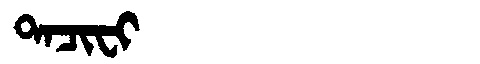
Manchu: ᡨᠠᠴᡳᠸᡳ
Romanization: TACIFI